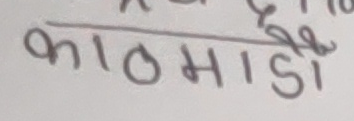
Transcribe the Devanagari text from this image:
काठमाडी